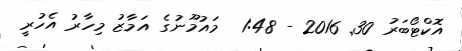
އޮކްޓޯބަރު 30